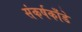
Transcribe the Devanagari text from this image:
संकर्षकाँडे